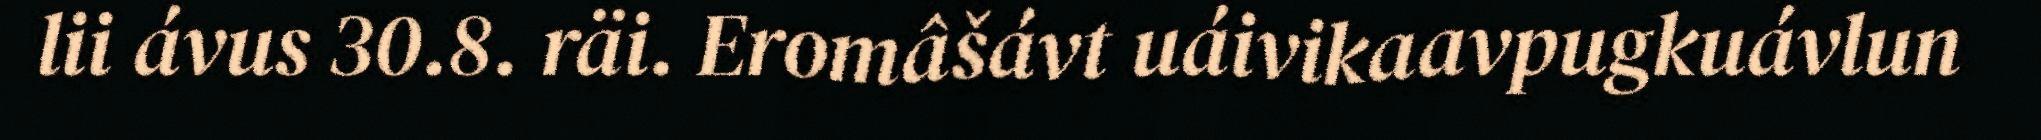
lii ávus 30.8. räi. Eromâšávt uáivikaavpugkuávlun